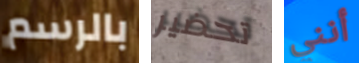
بالرسم تحضير أنني